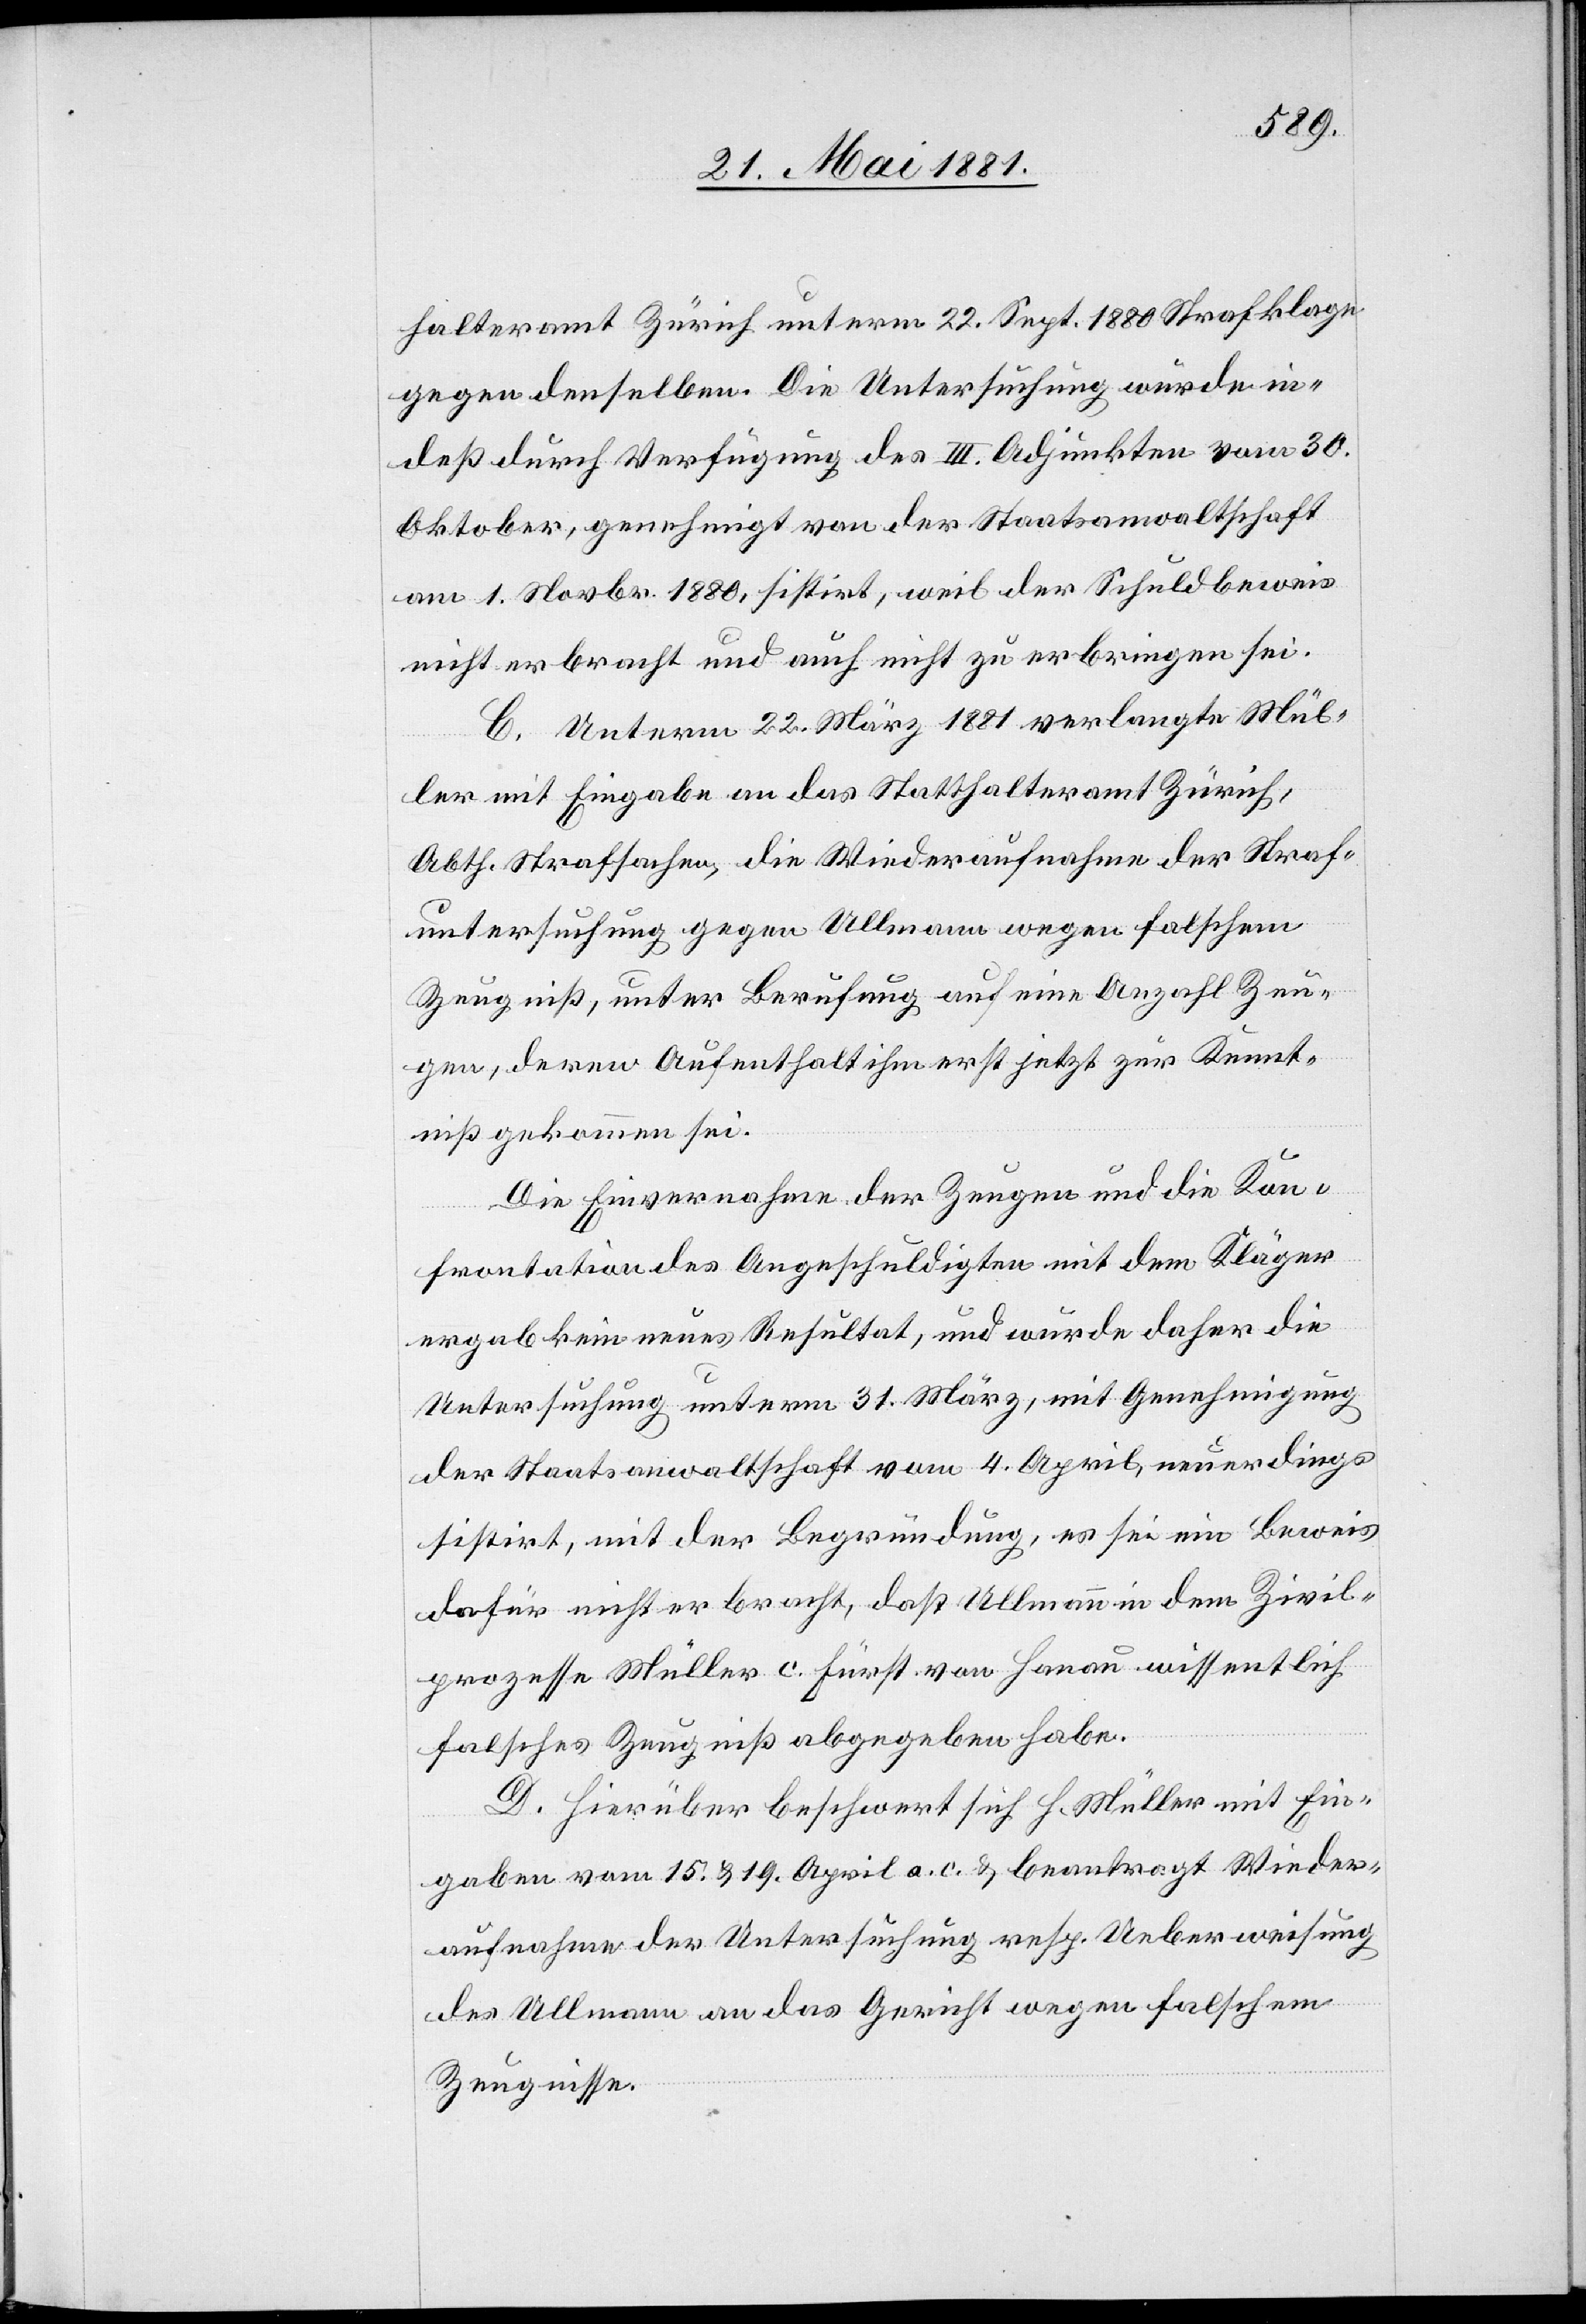
halteramt Zürich unterm 22. Sept. 1880 Strafklage
gegen denselben. Die Untersuchung wurde in¬
deß durch Verfügung des III. Adjunkten vom 30.
Oktober, genehmigt von der Staatsanwaltschaft
am 1. Novbr. 1880, sistirt, weil der Schuldbeweis
nicht erbracht und auch nicht zu erbringen sei.
C. Unterm 22. März 1881 verlangte Mül¬
ler mit Eingabe an das Statthalteramt Zürich,
Abth. Strafsachen, die Wiederaufnahme der Straf¬
untersuchung gegen Ullmann wegen falschem
Zeugniß, unter Berufung auf eine Anzahl Zeu¬
gen, deren Aufenthalt ihm erst jetzt zur Kennt¬
niß gekommen sei.
Die Einvernahme der Zeugen und die Kon¬
frontation des Angeschuldigten mit dem Kläger
ergab kein neues Resultat, und wurde daher die
Untersuchung unterm 31. März, mit Genehmigung
der Staatsanwaltschaft vom 4. April, neuerdings
sistirt, mit der Begründung, es sei ein Beweis
dafür nicht erbracht, daß Ullmann in dem Zivil¬
prozesse Müller c. Fürst. von Hanau willentlich
falsches Zeugniß abgegeben habe.
D. Hierüber beschwert sich H. Müller mit Ein¬
gaben vom 15. & 19. April a. c. & beantragt Wieder¬
aufnahme der Untersuchung resp. Ueberweisung
des Ullmann an das Gericht wegen falschem
Zeugnisse.